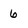
Character: 6